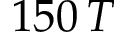
1 5 0 \, T